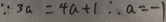
\because 3 a = 4 a + 1 \therefore a = - 1